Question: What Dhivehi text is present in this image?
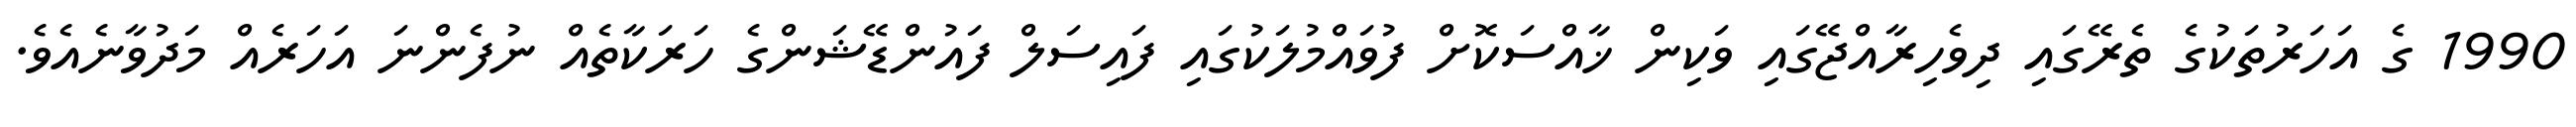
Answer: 1990 ގެ އަހަރުތަކުގެ ތެރޭގައި ދިވެހިރާއްޖޭގައި ވަކިން ޚާއްސަކޮށް ފުވައްމުލަކުގައި ފައިސަލް ފައުންޑޭޝަންގެ ހަރަކާތެއް ނުފެންނަ އަހަރެއް މަދުވާނެއެވެ.